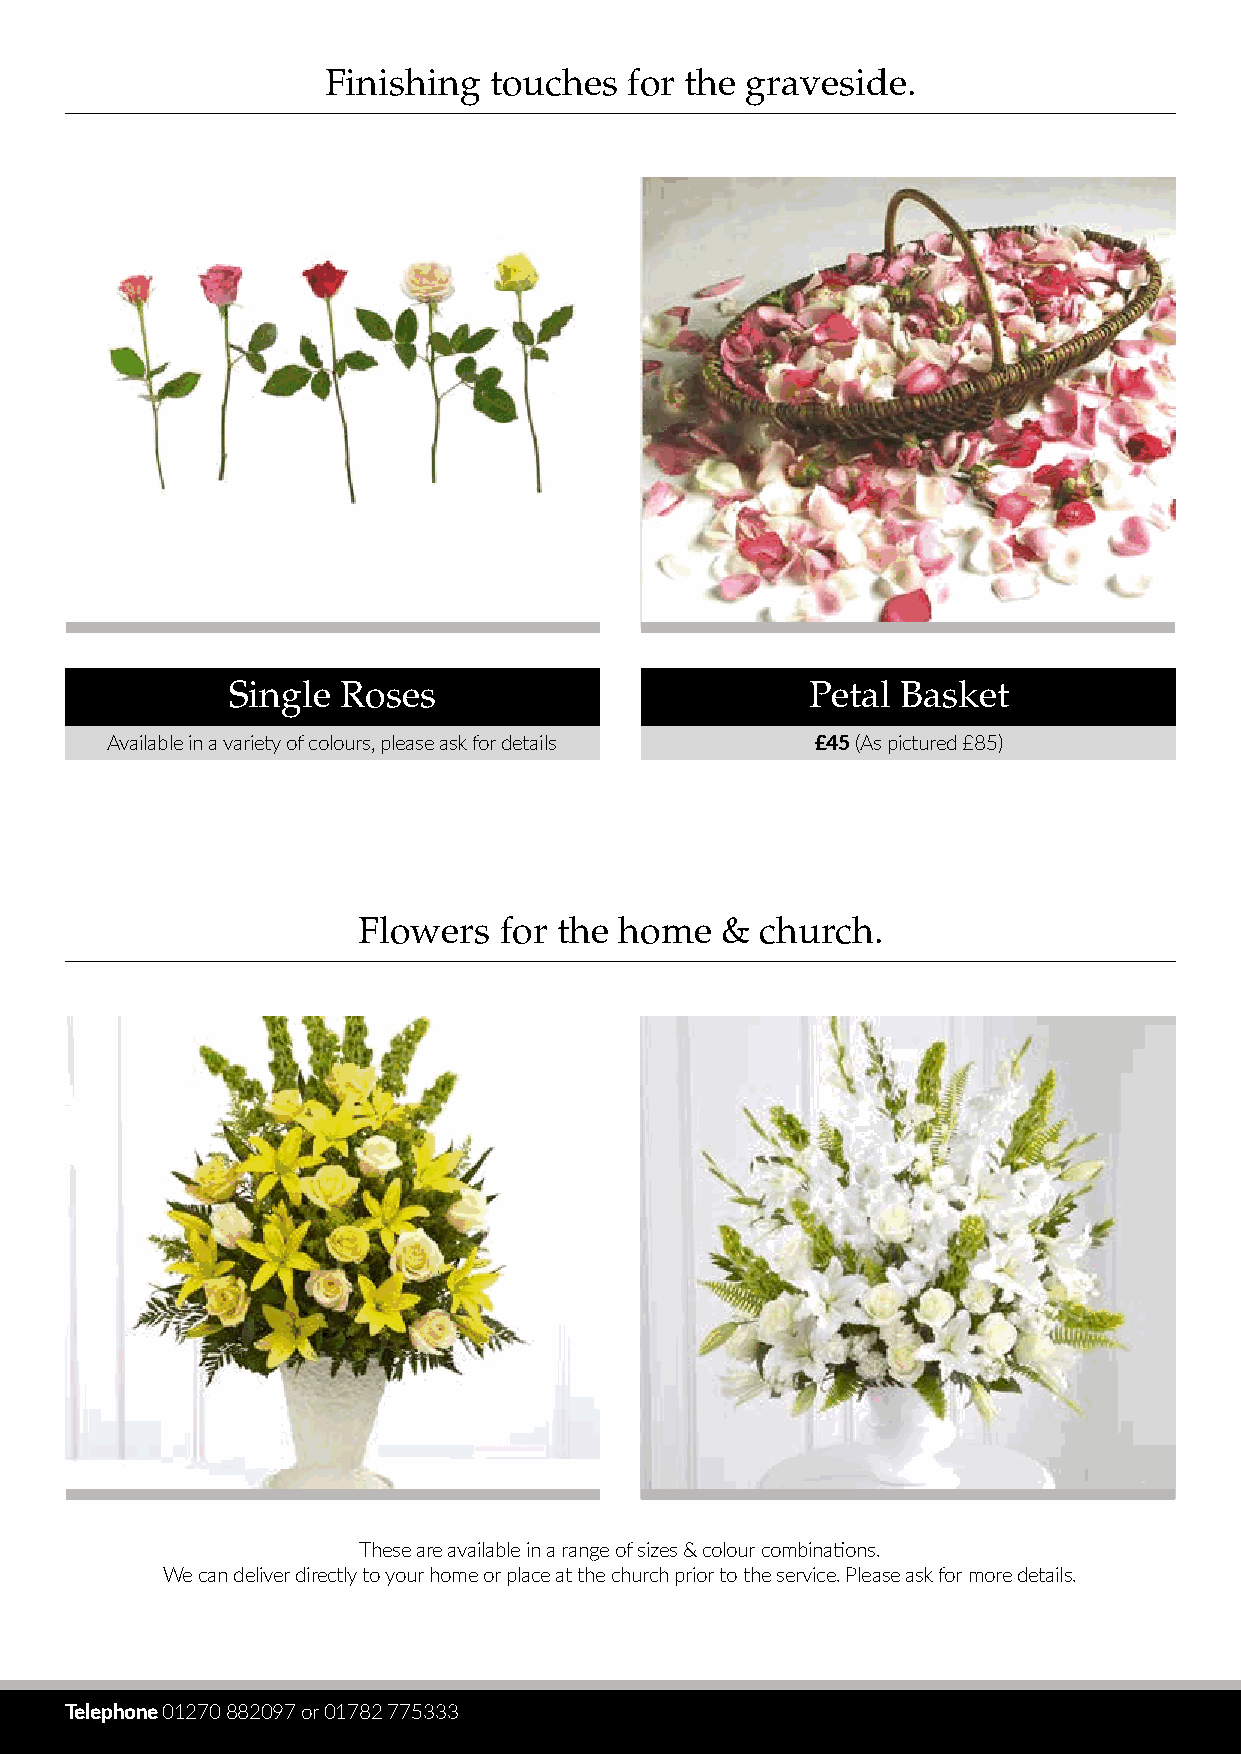
Finishing  touches  for the graveside.
 Single  Roses                          Petal Basket
 Available in a variety of colours, please ask for details £45 (As pictured £85)
 Flowers  for the home   & church.
 These are available in a range of sizes & colour combinations.
 We can deliver directly to your home or place at the church prior to the service. Please ask for more details.
 Telephone 01270 882097 or 01782 775333